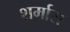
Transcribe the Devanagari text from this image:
शर्मास